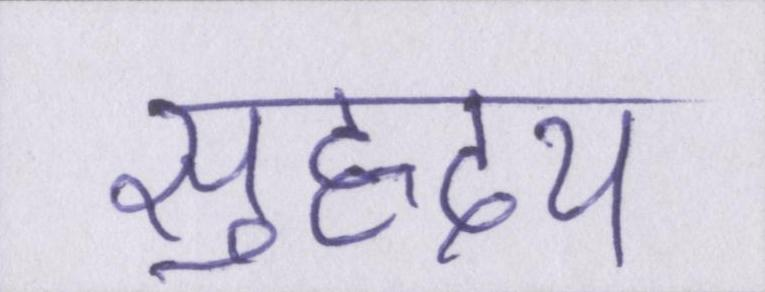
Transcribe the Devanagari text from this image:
सुहृदय